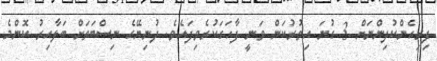
ފިރިހެންކުދިންނަށް 3 ގުނަ އިތުރުކަން ވަނީ ފާހަގަކުރެވިފައެވެ. ދުނިޔޭގެ ނިސްބަތަށް ބަލާއިރު ކޮންމެ